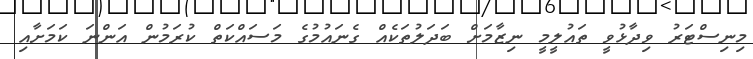
މިނިސްޓަރު ވިދާޅުވީ ތައުލީމީ ނިޒާމަށް ބަދަލުތަކެއް ގެނައުމުގެ މަސައްކަތް ކުރަމުން އަންނަ ކަމަށާއި